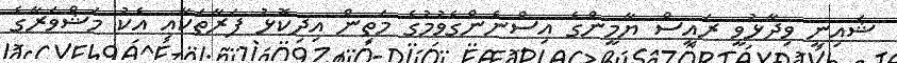
ޝައިނީ ވިދާޅުވީ ރައީސް ޔާމީންގެ އިސްނެންގެވުމުގެ މަތިން އިދިކޮޅު ފަރާތަކާއި އެކު މަޝްވަރާގެ